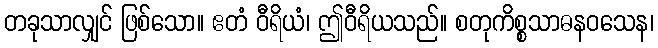
တခုသာလျှင် ဖြစ်သော။ ဧတံ ဝီရိယံ၊ ဤဝီရိယသည်။ စတုကိစ္စသာဓနဝသေန၊